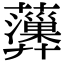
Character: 𧄩